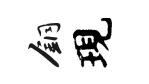
銅現